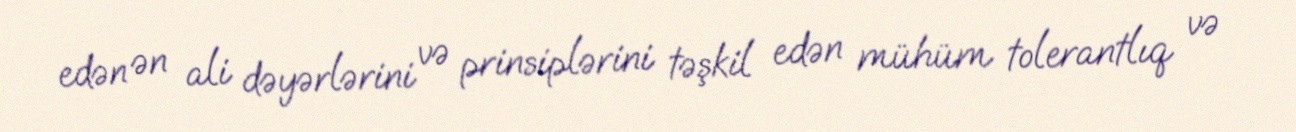
edən ən ali dəyərlərini və prinsiplərini təşkil edən mühüm tolerantlıq və